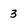
Character: 3